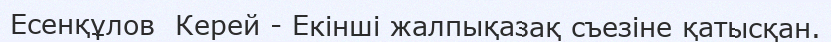
Есенқұлов  Керей - Екінші жалпықазақ съезіне қатысқан.